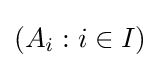
\left(A_{i}:i\in I\right)